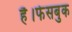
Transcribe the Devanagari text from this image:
है।फेसबुक